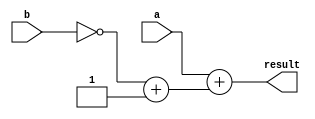
`timescale 1ns / 1ps

module bit8_subtractor(
    input [7:0] a,b,
    output reg [7:0] result
    );
    
    reg [7:0] neg_b;
    always @ (a or b)begin
        neg_b = ~b + 1;
        result = a + neg_b;
    end
    
endmodule